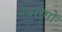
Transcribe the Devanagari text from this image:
नेत्ररोगों